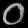
Digit: ၀